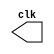
// -------------------------
// Exemplo0046  CLOCK
// Nome: Pedro Henrique A. M. carvalho
// -------------------------

// ---------------------------
// -- test clock generator
// ---------------------------

module clock ( clk );
	output clk;
	reg clk;
	initial
		begin
			clk = 1'b0;
		end
	
	always
		begin
			#12 clk = ~clk;
		end

endmodule // clock ( )



module pulse1 ( signal, clock1 );
	input   clock1;
	output signal;
	reg      signal;
	
	always @ ( posedge clock1 )
		begin
			signal = 1'b1;
			#6  signal = 1'b0;
			#6  signal = 1'b1;
			#6  signal = 1'b0;
			#6  signal = 1'b1;
			#6  signal = 1'b0;
		end
endmodule // pulse


module Exemplo0046;

	wire clk;
	clock CLK1 ( clk );

	wire	pulse;

	pulse1	pls1	( pulse, clk );

	initial begin
		$dumpfile ( " Exemplo0046.vcd" );
		$dumpvars ( clk, pulse );
	//	$dumpvars;
		#120 $finish;

	end
endmodule // Exemplo0046